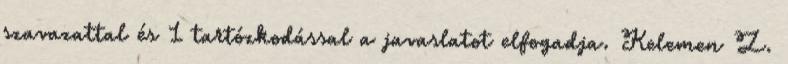
szavazattal és 1 tartózkodással a javaslatot elfogadja. Kelemen Z.